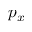
p _ { x }